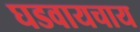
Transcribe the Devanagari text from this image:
घडवायचाय